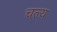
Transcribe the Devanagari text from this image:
चल्य